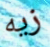
زيه